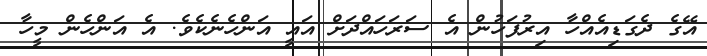
އޭގެ ދެގަޑިއެއްހާ އިރުފަހުން އެ ސަރަހައްދަށް އައީ އަންހެނެކެވެ. އެ އަންހެން މީހާ